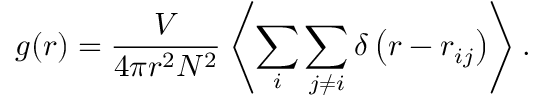
g ( r ) = \frac { V } { 4 \pi r ^ { 2 } N ^ { 2 } } \left\langle \sum _ { i } \sum _ { j \neq i } \delta \left( r - r _ { i j } \right) \right\rangle .